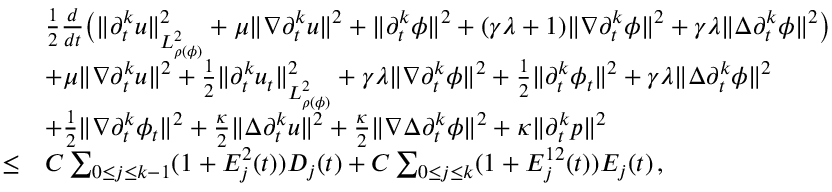
\begin{array} { r l } & { \frac { 1 } { 2 } \frac { d } { d t } \big ( \| \partial _ { t } ^ { k } u \| _ { L _ { \rho ( \phi ) } ^ { 2 } } ^ { 2 } + \mu \| \nabla \partial _ { t } ^ { k } u \| ^ { 2 } + \| \partial _ { t } ^ { k } \phi \| ^ { 2 } + ( \gamma \lambda + 1 ) \| \nabla \partial _ { t } ^ { k } \phi \| ^ { 2 } + \gamma \lambda \| \Delta \partial _ { t } ^ { k } \phi \| ^ { 2 } \big ) } \\ & { + \mu \| \nabla \partial _ { t } ^ { k } u \| ^ { 2 } + \frac { 1 } { 2 } \| \partial _ { t } ^ { k } u _ { t } \| _ { L _ { \rho ( \phi ) } ^ { 2 } } ^ { 2 } + \gamma \lambda \| \nabla \partial _ { t } ^ { k } \phi \| ^ { 2 } + \frac { 1 } { 2 } \| \partial _ { t } ^ { k } \phi _ { t } \| ^ { 2 } + \gamma \lambda \| \Delta \partial _ { t } ^ { k } \phi \| ^ { 2 } } \\ & { + \frac { 1 } { 2 } \| \nabla \partial _ { t } ^ { k } \phi _ { t } \| ^ { 2 } + \frac { \kappa } { 2 } \| \Delta \partial _ { t } ^ { k } u \| ^ { 2 } + \frac { \kappa } { 2 } \| \nabla \Delta \partial _ { t } ^ { k } \phi \| ^ { 2 } + \kappa \| \partial _ { t } ^ { k } p \| ^ { 2 } } \\ { \leq } & { C \sum _ { 0 \leq j \leq k - 1 } ( 1 + E _ { j } ^ { 2 } ( t ) ) D _ { j } ( t ) + C \sum _ { 0 \leq j \leq k } ( 1 + E _ { j } ^ { 1 2 } ( t ) ) E _ { j } ( t ) \, , } \end{array}